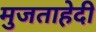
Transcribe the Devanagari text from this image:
मुजताहेदी